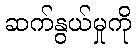
ဆက်နွယ်မှုကို